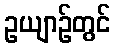
ဥယျာဉ်တွင်